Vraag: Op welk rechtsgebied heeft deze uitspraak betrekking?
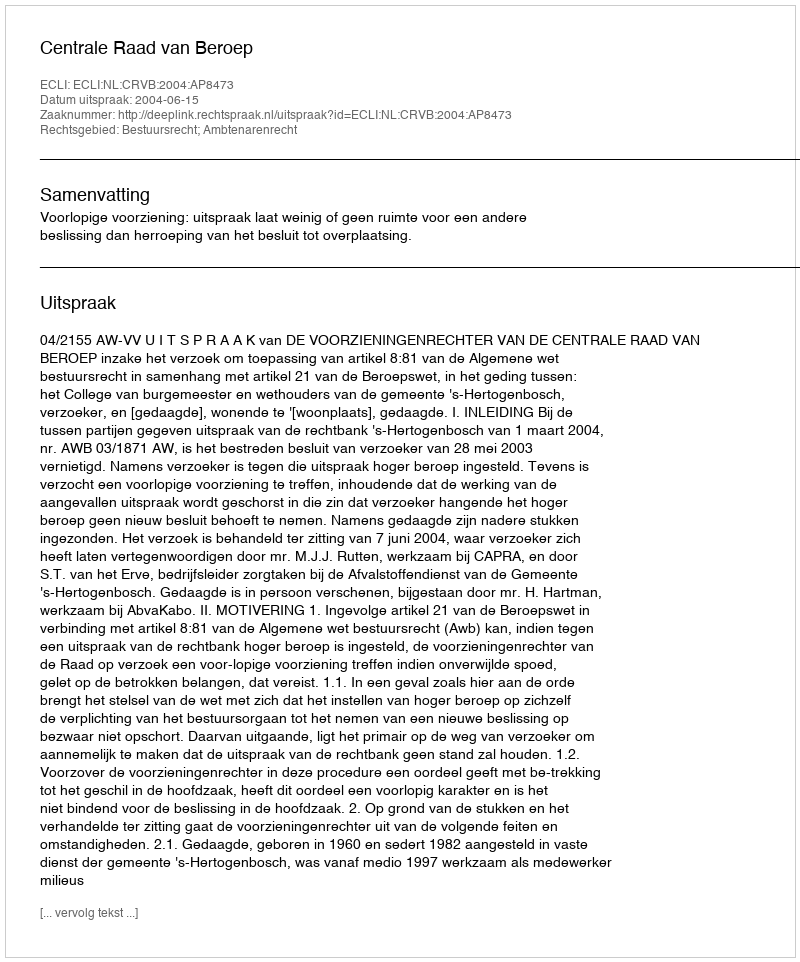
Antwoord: Bestuursrecht; Ambtenarenrecht